Indian journal of veterinary science and animal husbandry - Volume 2,
Year: 1932
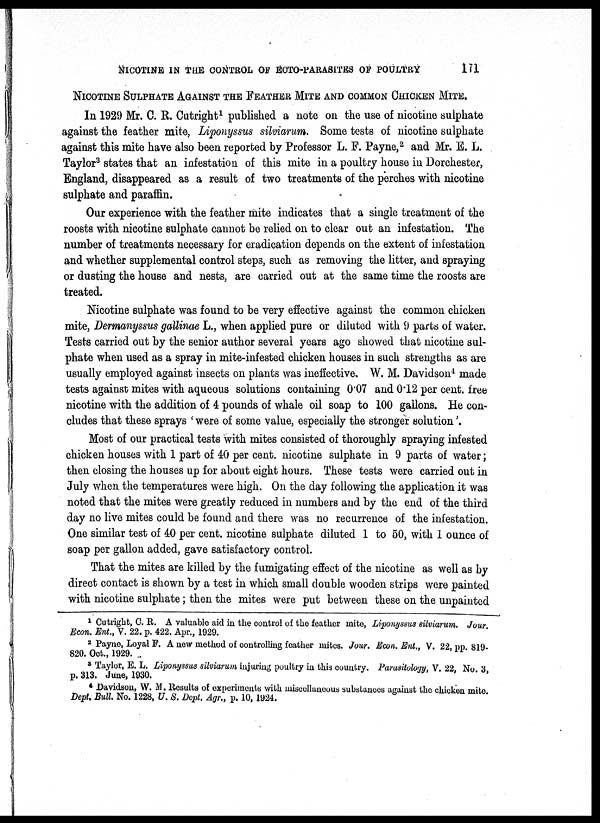
NICOTINE IN THE CONTROL OF ECTO-PARASITES OF POULTRY
171
NICOTINE SULPHATE AGAINST THE FEATHER MITE AND COMMON CHICKEN MITE.
In 1929 Mr. C. R. Outright 1 published a note on the use of nicotine sulphate
against the feather mite, Liponyssus silviarum. Some tests of nicotine sulphate
against this mite have also been reported by Professor L. F. Payne, 2 and Mr. E. L.
Taylor 3 states that an infestation of this mite in a poultry house in Dorchester,
England, disappeared as a result of two treatments of the perches with nicotine
sulphate and paraffin.
Our experience with the feather mite indicates that a single treatment of the
roosts with nicotine sulphate cannot be relied on to clear out an infestation. The
number of treatments necessary for eradication depends on the extent of infestation
and whether supplemental control steps, such as removing the litter, and spraying
or dusting the house and nests, are carried out at the same time the roosts are
treated.
Nicotine sulphate was found to be very effective against the common chicken
mite, Dermanyssus gallinae L., when applied pure or diluted with 9 parts of water.
Tests carried out by the senior author several years ago showed that nicotine sul-
phate when used as a spray in mite-infested chicken houses in such strengths as are
usually employed against insects on plants was ineffective. W. M. Davidson 4 made
tests against mites with aqueous solutions containing 0.07 and 0.12 per cent. free
nicotine with the addition of 4 pounds of whale oil soap to 100 gallons. He con-
cludes that these sprays 'were of some value, especially the stronger solution'.
Most of our practical tests with mites consisted of thoroughly spraying infested
chicken houses with 1 part of 40 per cent. nicotine sulphate in 9 parts of water;
then closing the houses up for about eight hours. These tests were carried out in
July when the temperatures were high. On the day following the application it was
noted that the mites were greatly reduced in numbers and by the end of the third
day no live mites could be found and there was no recurrence of the infestation.
One similar test of 40 per cent. nicotine sulphate diluted 1 to 50, with 1 ounce of
soap per gallon added, gave satisfactory control.
That the mites are killed by the fumigating effect of the nicotine as well as by
direct contact is shown by a test in which small double wooden strips were painted
with nicotine sulphate; then the mites were put between these on the unpainted
1 Cutright, C. R. A valuable aid in the control of the feather mite, Liponyssus silviarum. Jour.
Econ. Ent., V. 22. p. 422. Apr., 1929.
2 Payne, Loyal F. A new method of controlling feather mites. Jour. Econ. Ent., V. 22. pp 819-
820. Oct., 1929.
3 Taylor, E. L. Liponyssus silviarum injuring poultry in this country. Parasitology, V. 22, No. 3,
p. 313. June, 1930.
4 Davidson, W. M. Results of experiments with miscellaneous substances against the chicken mite.
Dept. Bull. No. 1228, U. S. Dept. Agr., p. 10, 1924.